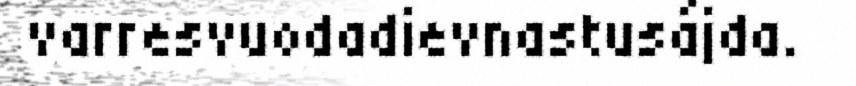
varresvuodadievnastusájda.